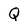
Character: Q